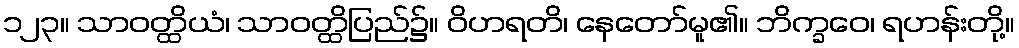
၁၂၃။ သာဝတ္ထိယံ၊ သာဝတ္ထိပြည်၌။ ဝိဟရတိ၊ နေတော်မူ၏။ ဘိက္ခဝေ၊ ရဟန်းတို့။